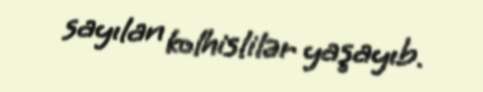
sayılan kolhislilər yaşayıb.